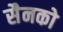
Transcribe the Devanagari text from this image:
सैनको